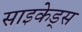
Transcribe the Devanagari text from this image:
साइकेड्स